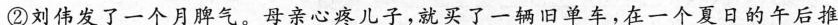
②刘伟发了一个月脾气。母亲心疼儿子，就买了一辆旧单车，在一个夏日的午后推